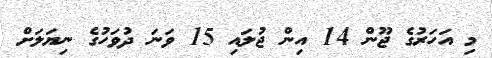
މި އަހަރުގެ ޖޫން 14 އިން ޖުލައި 15 ވަނަ ދުވަހުގެ ނިޔަލަށް